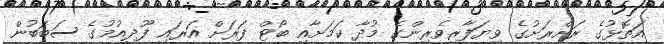
އަތޮޅުގެ ރަށްރަށުގެ ވިޔަފާރިވެރިންގެ މުދާ ކަމަށާއި ބޯޓް ފަރަށް އަރައި ފޫދިއުމުގެ ސަބަބުން